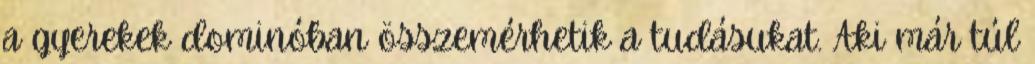
a gyerekek dominóban összemérhetik a tudásukat. Aki már túl